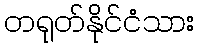
တရုတ်နိုင်ငံသား